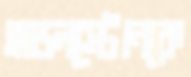
হাডলস্টোনকে